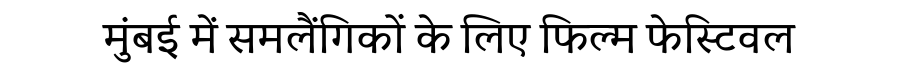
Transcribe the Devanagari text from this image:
मुंबई में समलैंगिकों के लिए फिल्म फेस्टिवल